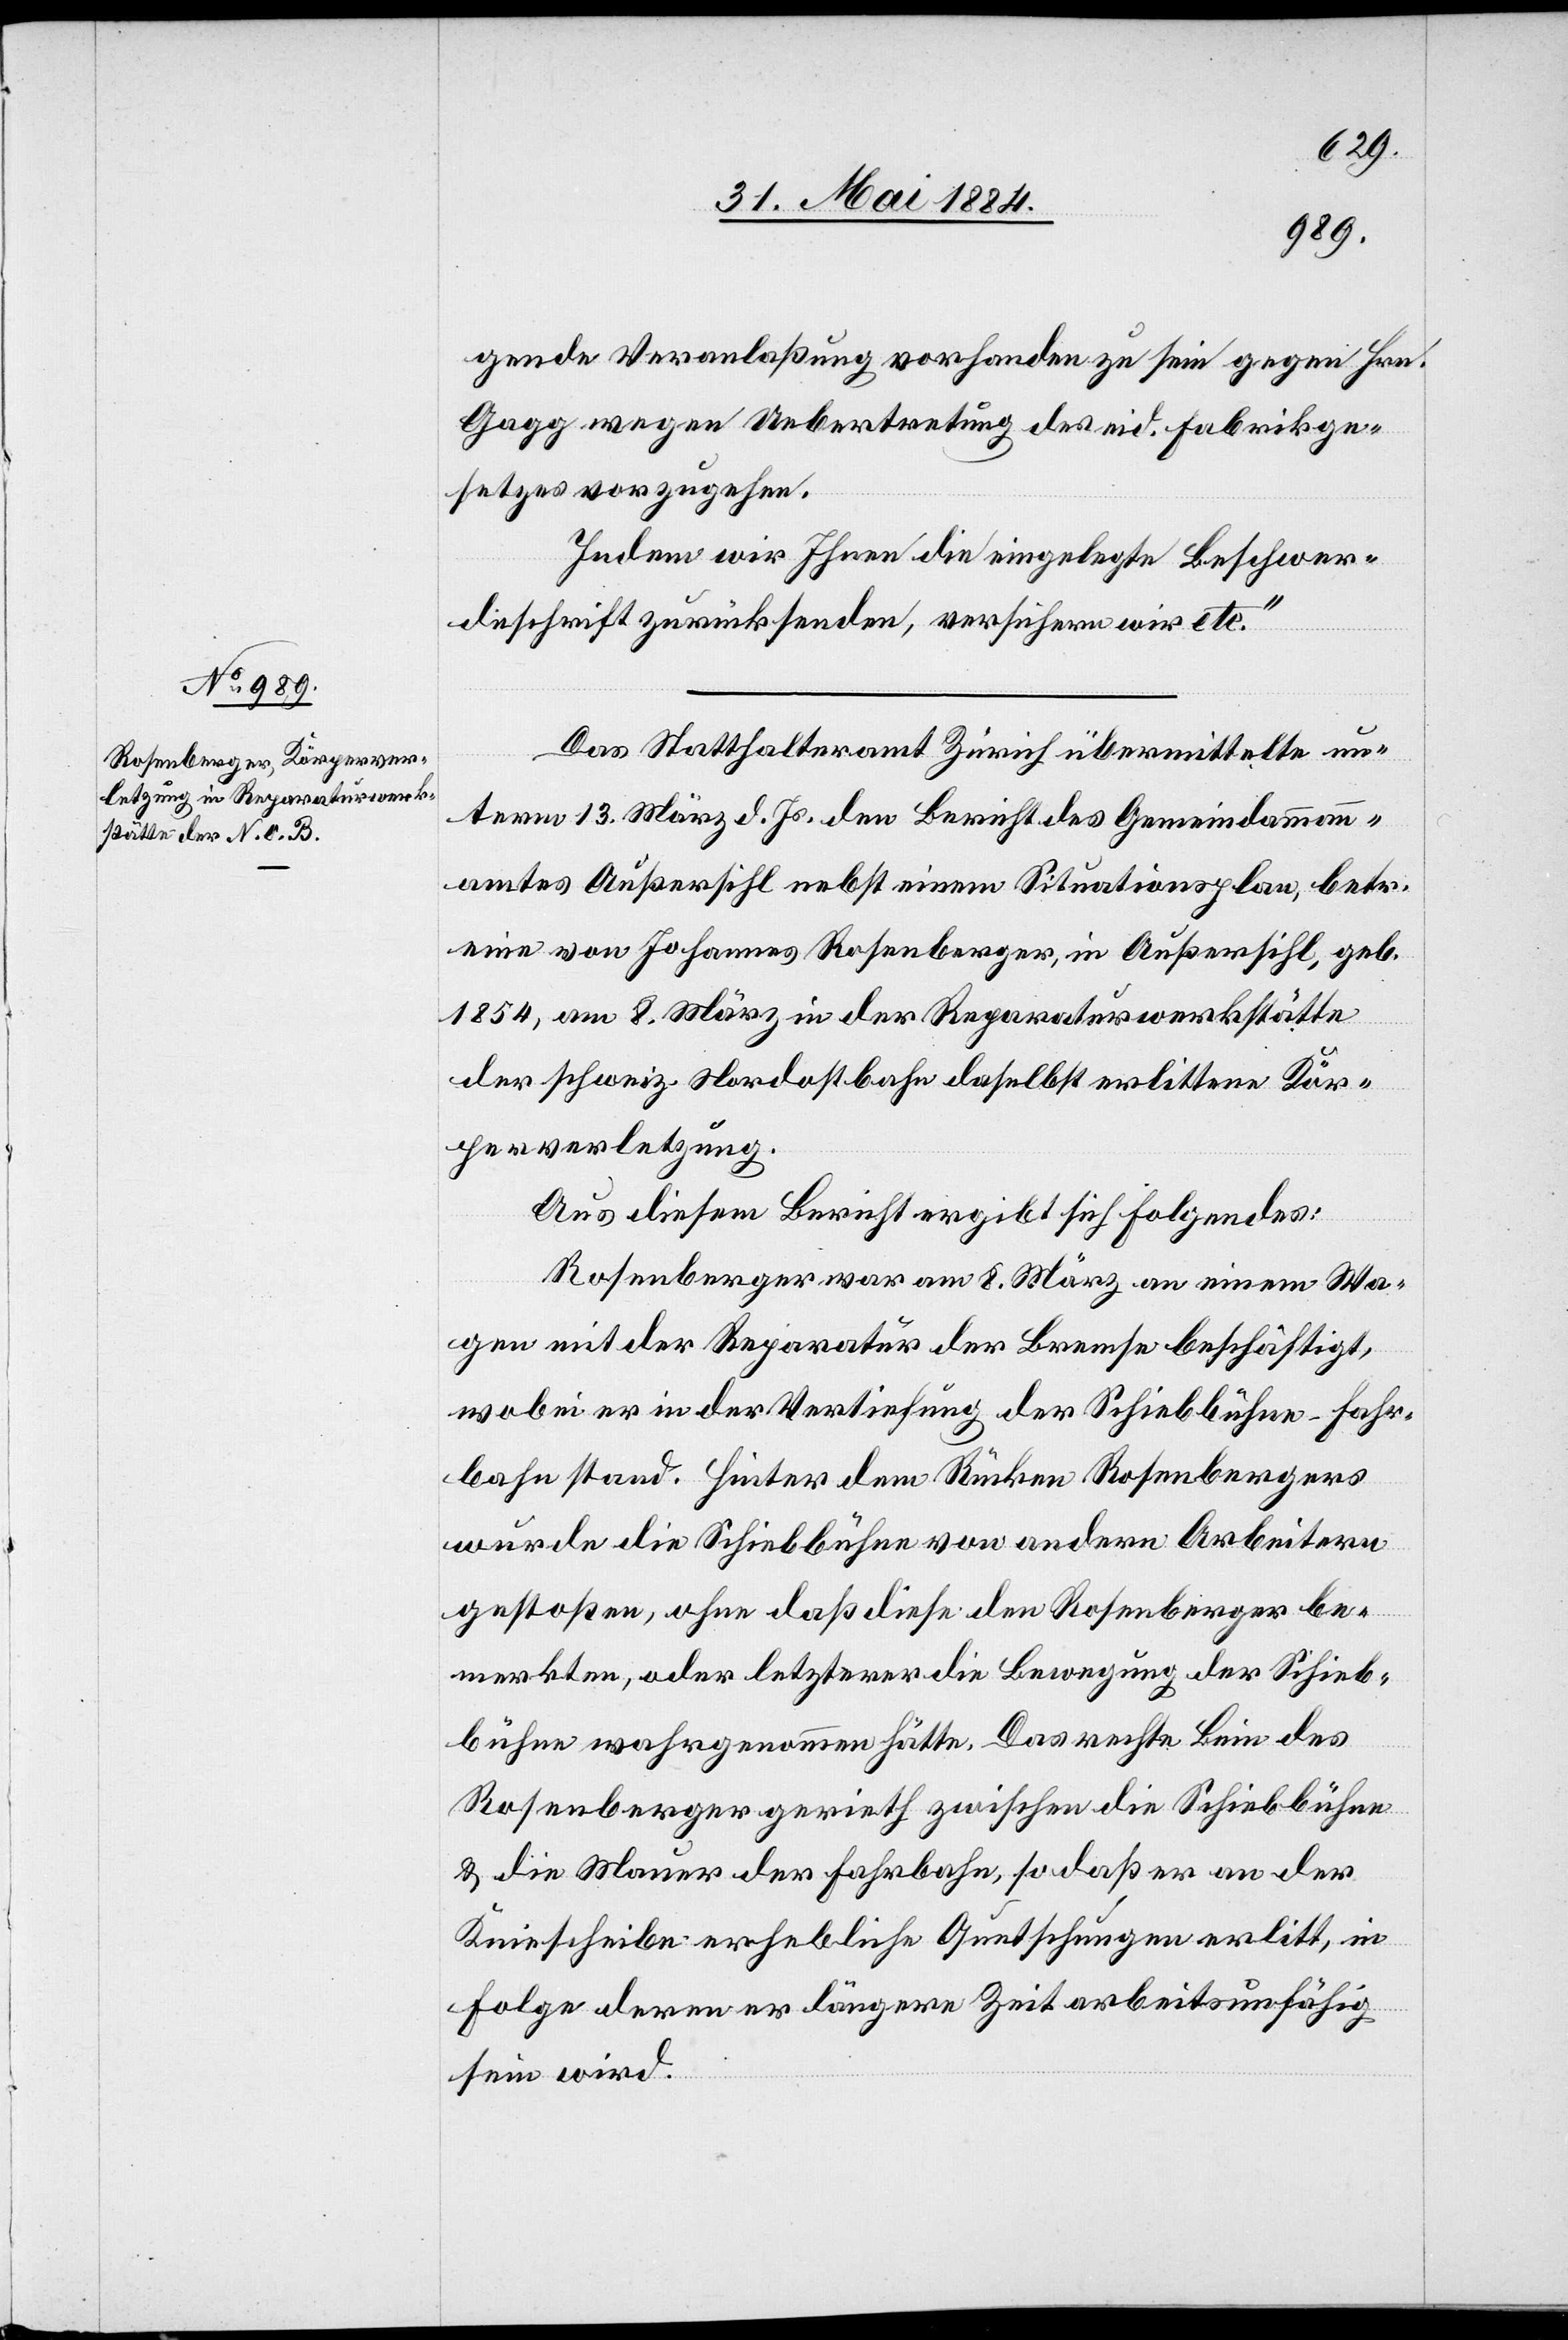
gende Veranlaßung vorhanden zu sein gegen Hrn.
Gagg wegen Uebertretung des eid. Fabrikge¬
setzes vorzugehen.
Indem wir Ihnen die eingelegte Beschwer¬
deschrift zurücksenden, versichern wir etc.“
Das Statthalteramt Zürich übermittelte un¬
term 13. März d. Js. den Bericht des Gemeindammann¬
amtes Außersihl nebst einem Situationsplan, betr.
eine von Johannes Rosenberger, in Außersihl, geb.
1854, am 8. März in der Reparaturwerkstätte
der schweiz. Nordostbahn daselbst erlittene Kör¬
perverletzung.
Aus diesem Bericht ergibt sich Folgendes:
Rosenberger war am 8. März an einem Wa¬
gen mit der Reparatur der Bremse beschäftigt,
wobei er in der Vertiefung der Schiebbühne-Fahr¬
bahn stand. Hinter dem Rücken Rosenbergers
wurde die Schiebbühne von andern Arbeitern
gestoßen, ohne daß diese den Rosenberger be¬
merkten, oder letzterer die Bewegung der Schieb¬
bühne wahrgenommen hätte. Das rechte Bein des
Rosenberger gerieth zwischen die Schiebbühne
& die Mauer der Fahrbahn, so daß er an der
Kniescheibe erhebliche Quetschungen erlitt, in
Folge deren er längere Zeit arbeitsunfähig
sein wird.